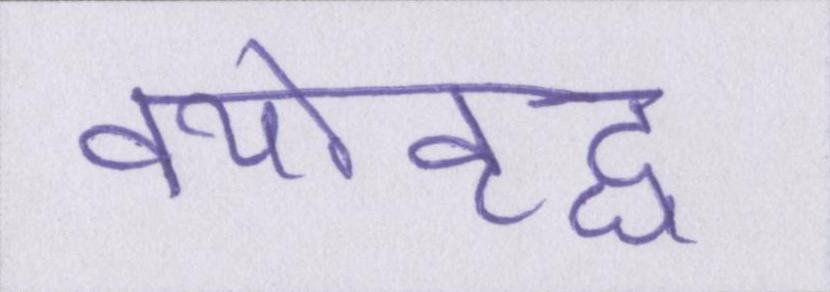
वयोवृद्ध